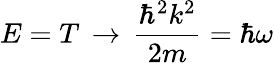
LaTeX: E=T\, \rightarrow\, {\frac{\hbar^{2}k^{2}}{2m}}=\hbar\omega